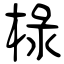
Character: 椂